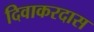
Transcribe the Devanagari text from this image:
दिवाकरदास